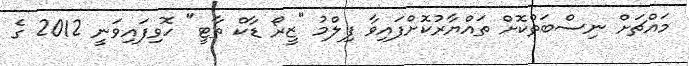
މައްޗަށް ނިސްބަތްކޮށް ތައްޔާރުކޮށްފައިވާ ފިލްމު "ޒީރޯ ޑާކް ތާޓީ" ހޮވިފައިވަނީ 2012 ގެ